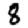
Digit: 8